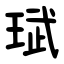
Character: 珷